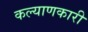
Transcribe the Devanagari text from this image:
कल्‍याणकारी